Vaccination report Assam 1896-1927 - 1896-1927
Year: 1896
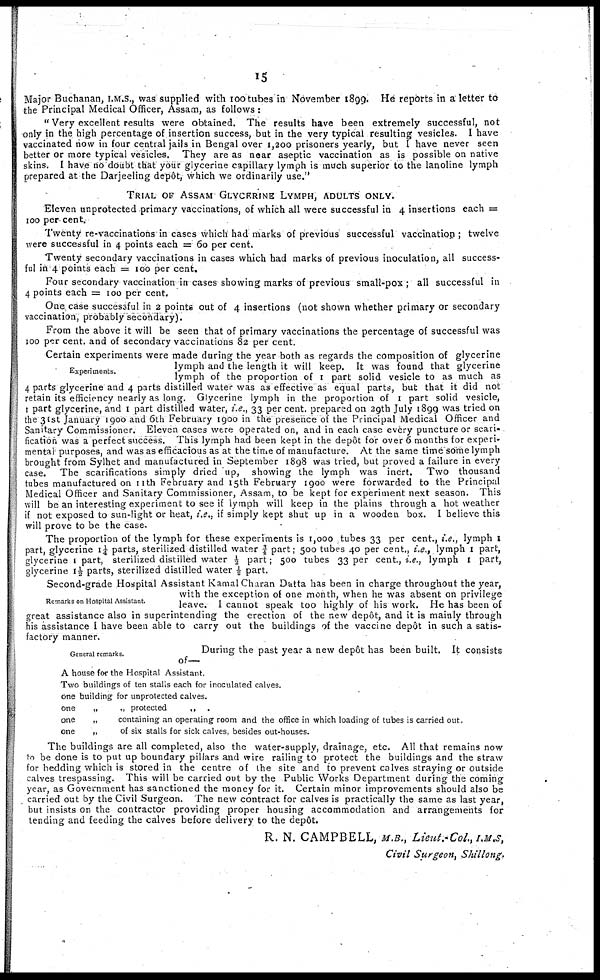
15
Major Buchanan, I.M.S., was supplied with 100 tubes in November 1899. He reports in a letter to
the Principal Medical Officer, Assam, as follows:
" Very excellent results were obtained. The results have been extremely successful, not
only in the high percentage of insertion success, but in the very typical resulting vesicles. I have
vaccinated now in four central jails in Bengal over 1,200 prisoners yearly, but I have never seen
better or more typical vesicles. They are as near aseptic vaccination as is possible on native
skins. I have no doubt that your glycerine capillary lymph is much superior to the lanoline lymph
prepared at the Darjeeling depôt, which we ordinarily use."
TRIAL OF ASSAM GLYCERINE LYMPH, ADULTS ONLY.
Eleven unprotected primary vaccinations, of which all were successful in 4 insertions each =
100 per cent.
Twenty re-vaccinations in cases which had marks of previous successful vaccination ; twelve
were successful in 4 points each = 60 per cent.
Twenty secondary vaccinations in cases which had marks of previous inoculation, all success-
ful in 4 points each = 100 per cent.
Four secondary vaccination in cases showing marks of previous small-pox ; all successful in
4 points each = 100 per cent.
One case successful in 2 points out of 4 insertions (not shown whether primary or secondary
vaccination, probably secondary).
From the above it will be seen that of primary vaccinations the percentage of successful was
100 per cent. and of secondary vaccinations 82 per cent.
Experiments.
Certain experiments were made during the year both as regards the composition of glycerine
lymph and the length it will keep. It was found that glycerine
lymph of the proportion of 1 part solid vesicle to as much as
4 parts glycerine and 4 parts distilled water was as effective as equal parts, but that it did not
retain its efficiency nearly as long. Glycerine lymph in the proportion of 1 part solid vesicle,
1 part glycerine, and I part distilled water, i.e., 33 per cent. prepared on 29th July 1899 was tried on
the 31st January 1900 and 6th February 1900 in the presence of the Principal Medical Officer and
Sanitary Commissioner. Eleven cases were operated on, and in each case every puncture or scari-
fication was a perfect success. This lymph had been kept in the depôt for over 6 months for experi-
mental purposes, and was as efficacious as at the time of manufacture. At the same time some lymph
brought from Sylhet and manufactured in September 1898 was tried, but proved a failure in every
case. The scarifications simply dried up, showing the lymph was inert. Two thousand
tubes manufactured on 11th February and 15th February 1900 were forwarded to the Principal
Medical Officer and Sanitary Commissioner, Assam, to be kept for experiment next season. This
will be an interesting experiment to see if lymph will keep in the plains through a hot weather
if not exposed to sun-light or heat, i.e., if simply kept shut up in a wooden box. I believe this
will prove to be the case.
The proportion of the lymph for these experiments is 1,000 tubes 33 per cent., i.e., lymph 1
part, glycerine 1¼ parts, sterilized distilled water ¾ part; 500 tubes 40 per cent., i.e., lymph 1 part,
glycerine 1 part, sterilized distilled water ½ part; 500 tubes 33 per cent., i.e., lymph 1 part,
glycerine 1½ parts, sterilized distilled water ½ part.
Remarks on Hospital Assistant.
Second-grade Hospital Assistant Kamal Charan Datta has been in charge throughout the year,
with the exception of one month, when he was absent on privilege
leave. I cannot speak too highly of his work. He has been of
great assistance also in superintending the erection of the new depôt, and it is mainly through
his assistance I have been able to carry out the buildings of the vaccine depôt in such a satis-
factory manner.
General remarks.
During the past year a new depôt has been built. It consists
of—
A house for the Hospital Assistant.
Two buildings of ten stalls each for inoculated calves.
one building for unprotected calves.
one
„
„ protected
„ .
one
„
containing an operating room and the office in which loading of tubes is carried out.
one
„
of six stalls for sick calves, besides out-houses.
The buildings are all completed, also the water-supply, drainage, etc. All that remains now
to be done is to put up boundary pillars and wire railing to protect the buildings and the straw
for bedding which is stored in the centre of the site and to prevent calves straying or outside
calves trespassing. This will be carried out by the Public Works Department during the coming
year, as Government has sanctioned the money for it. Certain minor improvements should also be
carried out by the Civil Surgeon. The new contract for calves is practically the same as last year,
but insists on the contractor providing proper housing accommodation and arrangements for
tending and feeding the calves before delivery to the depôt.
R. N. CAMPBELL, M.B., Lieut.-Col.,I.M.S,
Civil Surgeon,
Shillong.